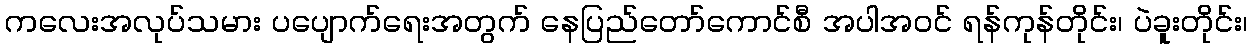
ကလေးအလုပ်သမား ပပျောက်ရေးအတွက် နေပြည်တော်ကောင်စီ အပါအဝင် ရန်ကုန်တိုင်း၊ ပဲခူးတိုင်း၊